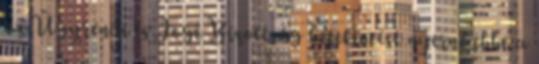
az Ügyrendi és Jogi Bizottság betekintést nyerne ebbe a